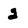
Character: 2